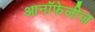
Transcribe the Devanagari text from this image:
आनॉफेलीज़